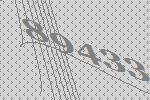
89433